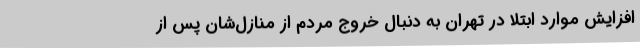
افزایش موارد ابتلا در تهران به دنبال خروج مردم از منازل‌شان پس از